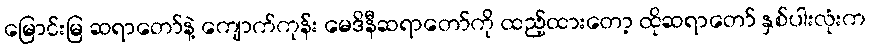
မြောင်းမြ ဆရာတော်နဲ့ ကျောက်ကုန်း မေဒိနီဆရာတော်ကို ထည့်ထားတော့ ထိုဆရာတော် နှစ်ပါးလုံးက